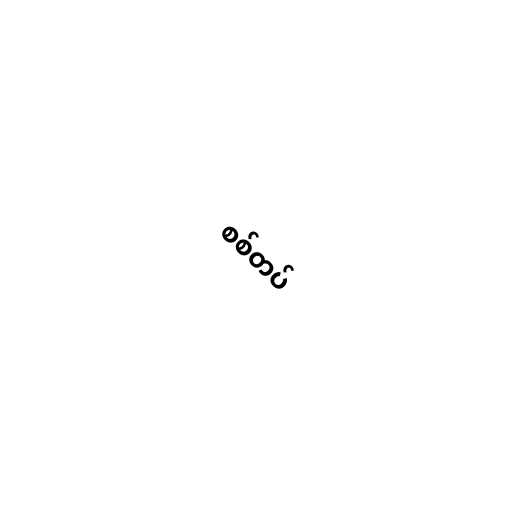
စစ်တပ်